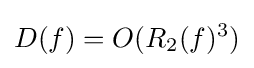
D(f)=O(R_{2}(f)^{3})